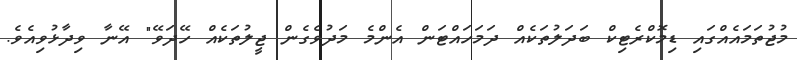
މުޖުތަމައެއްގައި ޑިމޮކްރެޓިކް ބަދަލުތަކެއް ދަމަހައްޓަން އެންމެ މަދުވެގެން ޖީލުތަކެއް ހޭދަވޭ" އޭނާ ވިދާޅުވިއެވެ.